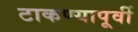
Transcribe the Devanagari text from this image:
टाकण्यापूर्वी